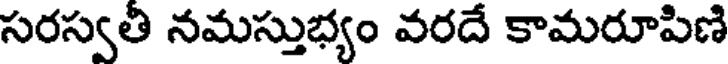
సరస్వతి నమస్తుభ్యం వరదే కామరూపిణి